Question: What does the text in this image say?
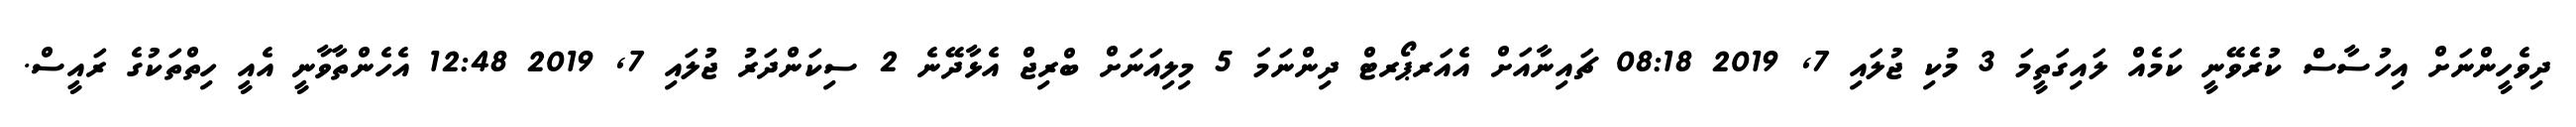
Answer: ދިވެހީންނަށް އިހުސާސް ކުރެވޭނީ ކަމެއް ލައިގަތީމަ 3 މުކި ޖުލައި 7, 2019 08:18 ޗައިނާއަށް އެއަރޕޯރޓް ދިންނަމަ 5 މިލިއަނަށް ބްރިޖް އެޅާދޭނެ 2 ސިކަންދަރު ޖުލައި 7, 2019 12:48 އެހެންތާވާނީ އެއީ ހިތްތަކުގެ ރައީސް.